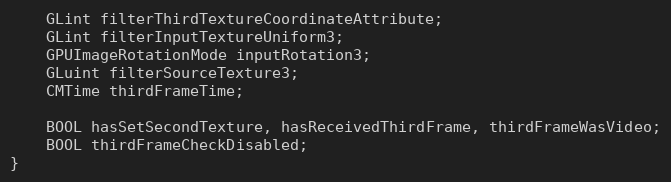
Language: C
    GLint filterThirdTextureCoordinateAttribute;
    GLint filterInputTextureUniform3;
    GPUImageRotationMode inputRotation3;
    GLuint filterSourceTexture3;
    CMTime thirdFrameTime;

    BOOL hasSetSecondTexture, hasReceivedThirdFrame, thirdFrameWasVideo;
    BOOL thirdFrameCheckDisabled;
}